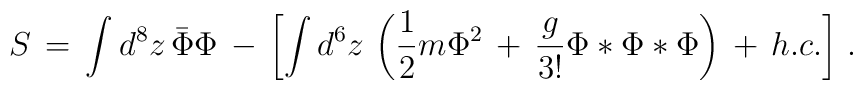
S\,=\,\int d^8 z\, \bar{\Phi}\Phi\,-\,\left[\int d^6 z \,\left(\frac{1}{2}m\Phi^2\,+\,\frac{g}{3!}\Phi*\Phi*\Phi\right)\,+\,h.c.\right]\,.